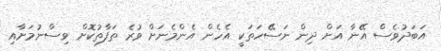
އަބަދުވެސް އޭނާ އަށް ދިން ނަސޭހަތަކީ އެހެން އެންމެނަށް ވުރެ ތަފާތުކޮށް ވިސްނުމަށާއި